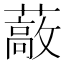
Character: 𰲈